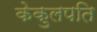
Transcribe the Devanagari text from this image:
केकुलपति